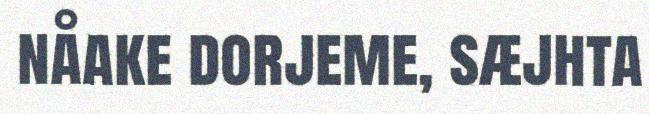
nåake dorjeme, sæjhta